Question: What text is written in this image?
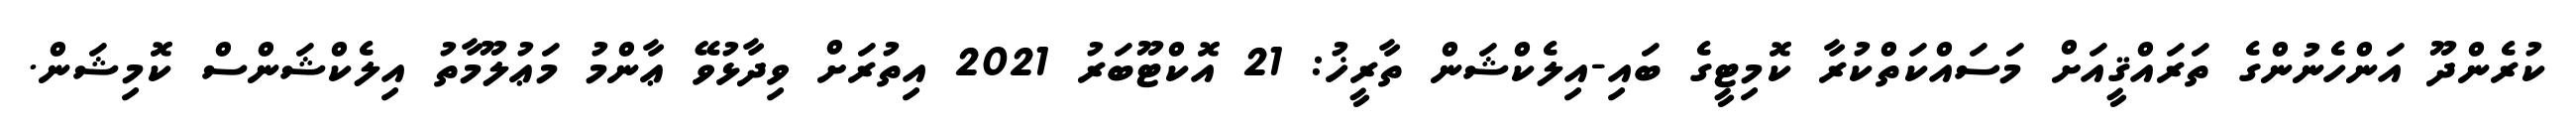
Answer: ކުރެންދޫ އަންހެނުންގެ ތަރައްޤީއަށް މަސައްކަތްކުރާ ކޮމިޓީގެ ބައި-އިލެކްޝަން ތާރީޚު: 21 އޮކްޓޫބަރު 2021 އިތުރަށް ވިދާޅުވޭ ޢާންމު މަޢުލޫމާތު އިލެކްޝަންސް ކޮމިޝަން.